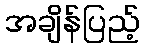
အချိန်ပြည့်